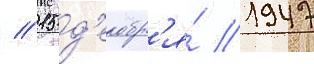
// 15 д'екабр'я́ 1947